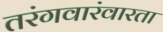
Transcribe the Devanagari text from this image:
तरंगवारंवारता